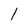
Character: l